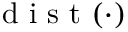
\mathrm { ~ d ~ i ~ s ~ t ~ } ( \cdot )